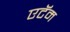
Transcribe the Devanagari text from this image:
एटॅम